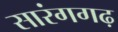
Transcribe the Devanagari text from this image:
सारंगगढ़